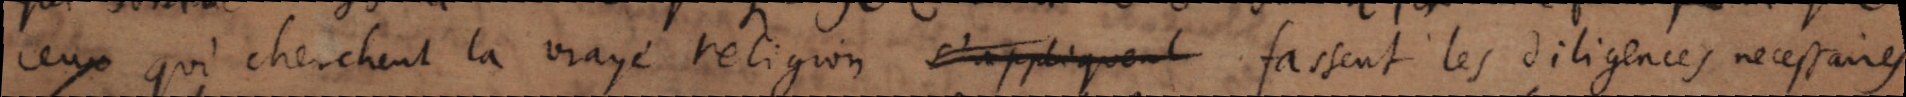
ceux qui cherchent la vraye religion s’appliquent fassent les diligences necessaires